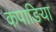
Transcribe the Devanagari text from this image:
कपाङिया